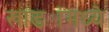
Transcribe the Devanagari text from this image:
खाड्यांमध्ये